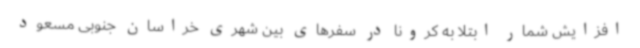
افزایش شمار ابتلا به کرونا در سفرهای بین شهری خراسان جنوبی مسعود